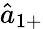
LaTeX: \hat{a}_{1+}